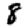
Digit: 8